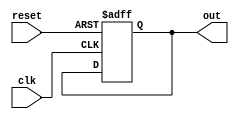
module async_reset_behavioral (
    input wire clk,        // Clock signal
    input wire reset,      // Asynchronous reset signal
    output reg out         // Output signal reflecting the state
);

// Define the reset value for the output
parameter RESET_VALUE = 1'b0;

always @(posedge clk or posedge reset) begin
    if (reset) begin
        // Asynchronous reset is active
        out <= RESET_VALUE; // Set output to reset value
    end else begin
        // Normal operation: update output based on other conditions
        // This is a placeholder for your synchronous logic
        // For example, you may want to toggle or set a value based on other inputs
        // out <= some_internal_logic;  // Uncomment and define your logic here
    end
end

endmodule